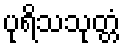
ပုရိသသုတ္တံ